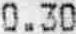
0.30